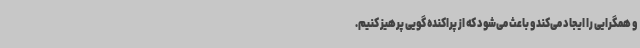
و همگرایی را ایجاد می‌کند و باعث می‌شود که از پراکنده گویی پرهیز کنیم.